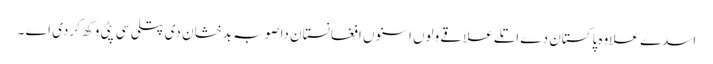
اسدے علاوہ پاکستان دے اتلے علاقے ولوں اسنوں افغانستان دا صوبہ بدخشان دی پتلی سی پٹی وکھ کردی اے ۔